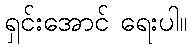
ရှင်းအောင် ရေးပါ။